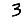
Digit: 3